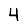
Digit: 4